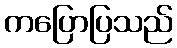
ကပြောပြသည်